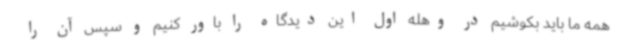
همه ما باید بکوشیم در وهله اول این دیدگاه را باور کنیم و سپس آن را